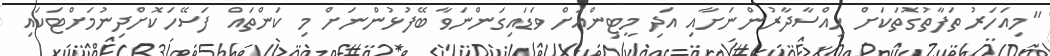
"މިއަހަރު ތަފާތުގޮތަކަށް ހިއްސާދާރުންނަށާއި އަދި މީޓިންއަށް ވަޑައިގަންނަވާ ބޭފުޅުންނަށް މި ކަންތައް ފަސޭހަކޮށްދިނުމަށްޓަކައި